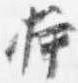
挿